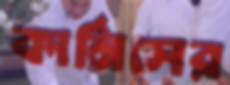
কার্নিসের